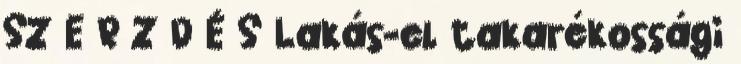
SZ E R Z D É S Lakás-el takarékossági